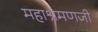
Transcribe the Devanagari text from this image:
महाश्रमणजी